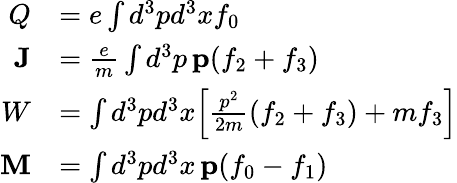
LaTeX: \begin{array}{rl}{Q}&{=e\int d^{3}pd^{3}xf_{0}}\\ {\mathbf{J}}&{=\frac{e}{m}\int d^{3}p\, \mathbf{p}(f_{2}+f_{3})}\\ {W}&{=\int d^{3}pd^{3}x\Big[\frac{p^{2}}{2m}(f_{2}+f_{3})+mf_{3}\Big]}\\ {\mathbf{M}}&{=\int d^{3}pd^{3}x\, \mathbf{p}(f_{0}-f_{1})}\end{array}